Medical and sanitary report of the native army of Bengal for the year
Year: 1875
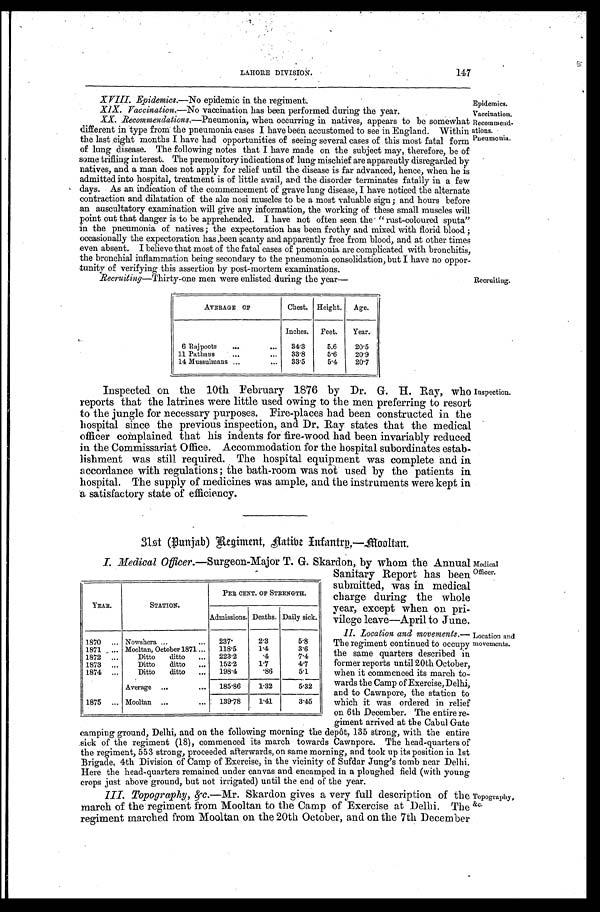
147
Epidemics.
Vaccination.
LAHORE DIVISTON.
XVIII. Epidemics.—No epidemic in the regiment.
XIX. Vaccination.—No vaccination has been performed during the year.
XX. Recommendations.— Pneumonia, when occurring in natives, appears to be somewhat
different in type from the pneumonia cases I have been accustomed to see in England. Within
the last eight months I have had opportunities of seeing several cases of this most fatal form
of lung disease. The following notes that I have made on the subject may, therefore, be of
some trifling interest. The premonitory indications of lung mischief are apparently disregarded by
natives, and a man does not apply for relief until the disease is far advanced, hence, when he is
admitted into hospital, treatment is of little avail, and the disorder terminates fatally in a few
days. As an indication of the commencement of grave lung disease, I have noticed the alternate
contraction and dilatation of the alœ nosi muscles to be a most valuable sign; and hours before
an auscultatory examination will give any information, the working of these small muscles will
point out that danger is to be apprehended. I have not often seen the "rust-coloured sputa"
in the pneumonia of natives; the expectoration has been frothy and mixed with florid blood;
occasionally the expectoration has ,been scanty and apparently free from blood, and at other times
even absent. I believe that most of the fatal cases of pneumonia are complicated with bronchitis,
the bronchial inflammation being secondary to the pneumonia consolidation, but I have no oppor
-tunity of verifying this assertion by post-mortem examinations.
Recommend
-ations.
Pneumonia.
Recruiting.
Recruiting—Thirty-one men were enlisted during the year—
AVERAGE OF
Chest. Height.
Age.
Inches.
Feet.
Year.
6 Rajpoots
. . .
34.3
5.6
20.5
11 Pathans
. . .
33.8
5.6
20.9
14 Mussulmans
. . .
33.5
5.4
20.7
Inspection.
Inspected on the 10th February 1876 by Dr. G. H. Ray, who
reports that the latrines were little used owing to the men preferring to resort
to the jungle for necessary purposes. Fire-places had been constructed in the
hospital since the previous inspection, and Dr. Ray states that the medical
officer complained that his indents for fire-wood had been invariably reduced
in the Commissariat Office. Accommodation for the hospital subordinates estab
-lishment was still required. The hospital equipment was complete and in
accordance with regulations; the bath-room was not used by the patients in
hospital. The supply of medicines was ample, and the instruments were kept in
a satisfactory state of efficiency.
31st (Punjab) Regiment, Aatibe Infantry,—Mooltan.
I. Medical Officer.—Surgeon-Major T. G. Skardon, by whom the Annual
Sanitary Report has been
submitted, was in medical
charge during the whole
year, except when on pri
-vilege leave—April to June.
I I . L o c a t i o n a n d m o v e n t e n t s . —
The regiment continued to occupy
the same quarters described in
former reports until 20th October,
when it commenced its march to
- w a r d s t h e C a m p o f E x e r c i s e , D e l h i ,
and to Cawnpore, the station to
which it was ordered in relief
on 6th December. The entire re
-giment arrived at the Cabul Gate
camping ground, Delhi, and on the following morning the depôt, 135 strong, with the entire
sick of the regiment (18), commenced its march towards Cawnpore. The head-quarters of
the regiment, 553 strong, proceeded afterwards, on same morning, and took up its position in 1st
Brigade, 4th Division of Camp of Exercise, in the vicinity of Sufdar Jung's tomb near Delhi.
Here the head-quarters remained under canvas and encamped in a ploughed field (with young
crops just above ground, but not irrigated) until the end of the year.
III. Topography, &c—Mr. Skardon gives a very full description of the
march of the regiment from Mooltan to the Camp of Exercise at Delhi. The
regiment marched from Mooltan on the 20th October, and on the 7th December
YEAR.
STATION.
PER CENT. OF STRENGTH.
Admissions. Deaths. Daily sick.
1870 . . . Nowshera . . .
237.
2.3
5.8
1 8 7 1 . . .
Mooltan, October 1871 . . .
118.5
1.4
3.6
1 8 7 2 . . .
Ditto ditto . . .
223.2
. 4
7.4
1873 . . .
Ditto ditto
152.2
1.7
4.7
1874
...
Ditto
ditto . . .
198.4
. 8 6
5.1
Average . . .
185.86
1.32
5.32
1875 . . . Mooltan . . .
139.78
1.41
3.45
Medical
Officer.
Location and
movements.
Topography,
&c.